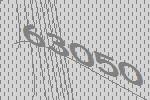
63050